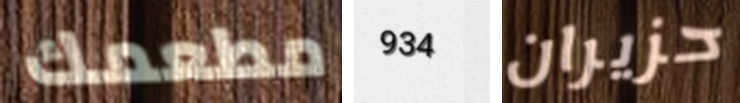
مطعمك 934 حزيران